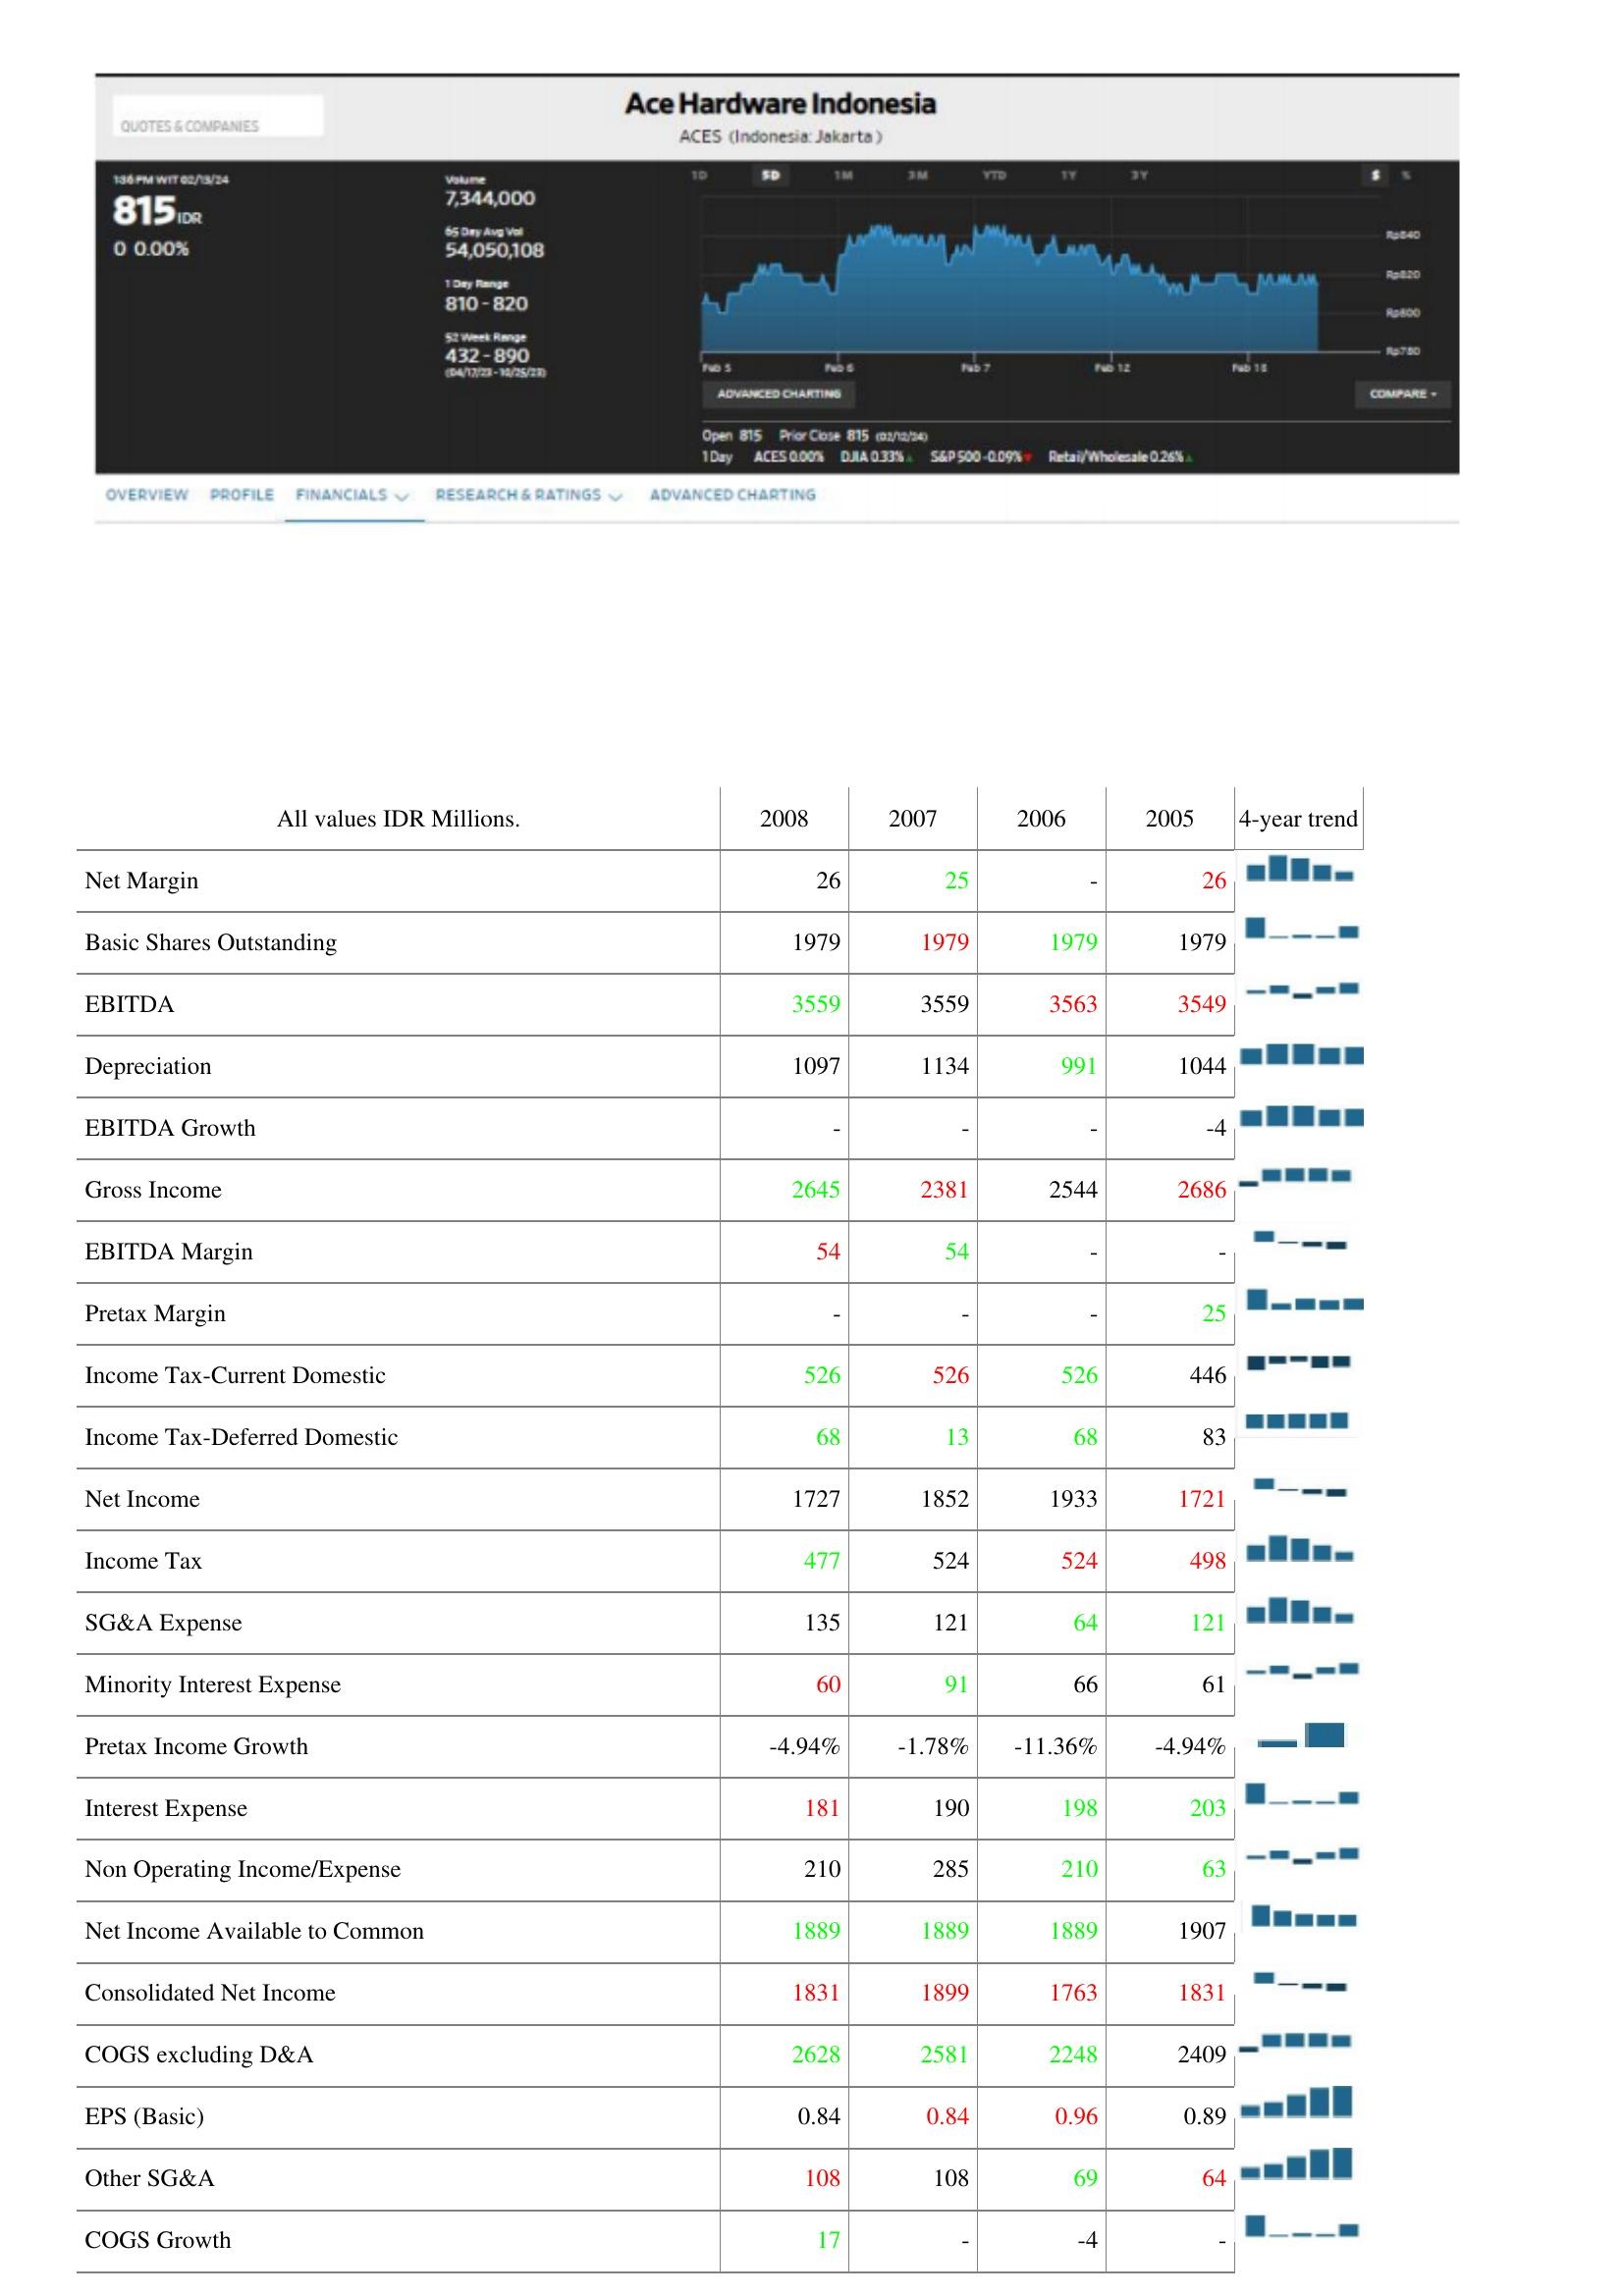
2008: : Net Margin: 26
Basic Shares Outstanding: 1979
EBITDA: 3559
Depreciation: 1097
EBITDA Growth: -
Gross Income: 2645
EBITDA Margin: 54
Pretax Margin: -
Income Tax-Current Domestic: 526
Income Tax-Deferred Domestic: 68
Net Income: 1727
Income Tax: 477
SG&A Expense: 135
Minority Interest Expense: 60
Pretax Income Growth: -4.94%
Interest Expense: 181
Non Operating Income/Expense: 210
Net Income Available to Common: 1889
Consolidated Net Income: 1831
COGS excluding D&A: 2628
EPS (Basic): 0.84
Other SG&A: 108
COGS Growth: 17
2007: : Net Margin: 25
Basic Shares Outstanding: 1979
EBITDA: 3559
Depreciation: 1134
EBITDA Growth: -
Gross Income: 2381
EBITDA Margin: 54
Pretax Margin: -
Income Tax-Current Domestic: 526
Income Tax-Deferred Domestic: 13
Net Income: 1852
Income Tax: 524
SG&A Expense: 121
Minority Interest Expense: 91
Pretax Income Growth: -1.78%
Interest Expense: 190
Non Operating Income/Expense: 285
Net Income Available to Common: 1889
Consolidated Net Income: 1899
COGS excluding D&A: 2581
EPS (Basic): 0.84
Other SG&A: 108
COGS Growth: -
2006: : Net Margin: -
Basic Shares Outstanding: 1979
EBITDA: 3563
Depreciation: 991
EBITDA Growth: -
Gross Income: 2544
EBITDA Margin: -
Pretax Margin: -
Income Tax-Current Domestic: 526
Income Tax-Deferred Domestic: 68
Net Income: 1933
Income Tax: 524
SG&A Expense: 64
Minority Interest Expense: 66
Pretax Income Growth: -11.36%
Interest Expense: 198
Non Operating Income/Expense: 210
Net Income Available to Common: 1889
Consolidated Net Income: 1763
COGS excluding D&A: 2248
EPS (Basic): 0.96
Other SG&A: 69
COGS Growth: -4
2005: : Net Margin: 26
Basic Shares Outstanding: 1979
EBITDA: 3549
Depreciation: 1044
EBITDA Growth: -4
Gross Income: 2686
EBITDA Margin: -
Pretax Margin: 25
Income Tax-Current Domestic: 446
Income Tax-Deferred Domestic: 83
Net Income: 1721
Income Tax: 498
SG&A Expense: 121
Minority Interest Expense: 61
Pretax Income Growth: -4.94%
Interest Expense: 203
Non Operating Income/Expense: 63
Net Income Available to Common: 1907
Consolidated Net Income: 1831
COGS excluding D&A: 2409
EPS (Basic): 0.89
Other SG&A: 64
COGS Growth: -